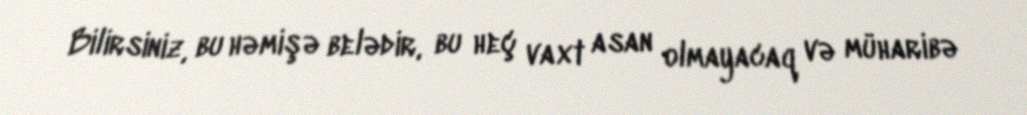
Bilirsiniz, bu həmişə belədir, bu heç vaxt asan olmayacaq və müharibə